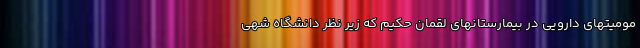
مومیتهای دارویی در بیمارستانهای لقمان حکیم که زیر نظر دانشگاه شهی